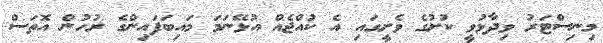
މިނިސްޓަރު ވިދާޅުވީ ކުށުގެ ވެށީގައި އެ ކުއްޖެއް އުޅޭނަމަ މައިބަފައިންގެ ރުހުން އޮތަސް